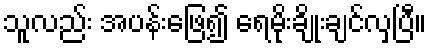
သူလည်း အပန်းဖြေ၍ ရေမိုးချိုးချင်လှပြီ။